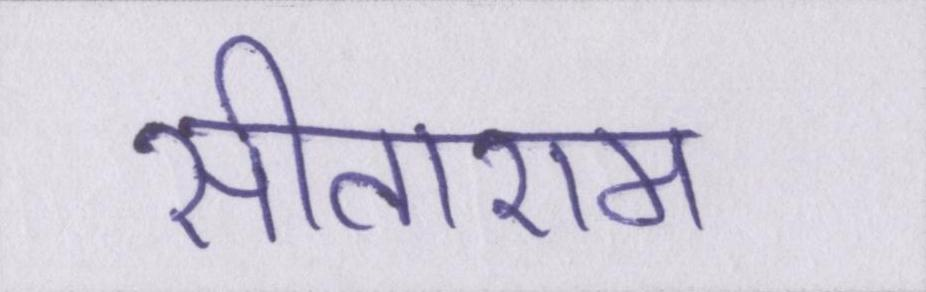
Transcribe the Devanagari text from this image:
सीताराम